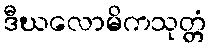
ဒီဃလောမိကသုတ္တံ